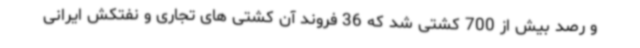
و رصد بیش از 700 کشتی شد که 36 فروند آن کشتی های تجاری و نفتکش ایرانی